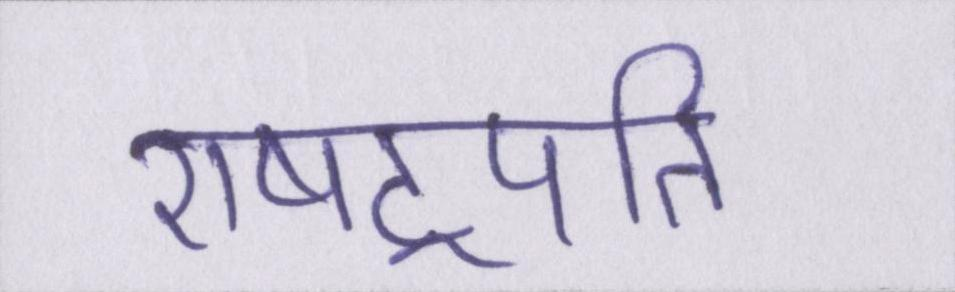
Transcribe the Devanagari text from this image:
राषट्रपति